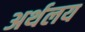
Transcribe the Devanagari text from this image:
अर्थलय